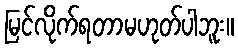
မြင်လိုက်ရတာမဟုတ်ပါဘူး။